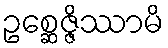
ဥစ္ဆေဇ္ဇိဿာမိ